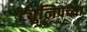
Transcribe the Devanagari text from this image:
ट्युलिपच्या